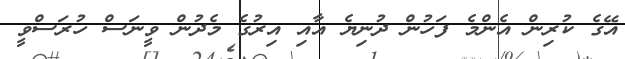
އޭގެ ކުރިން އެންމެ ފަހުން ދުނިޔެ އާއި އިރުގެ މެދުން ވީނަސް ހުރަސްވީ